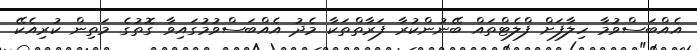
އެއްބަސްވުމާ ހިލާފަށް ފްލެޓްތައް ބޭނުންކުރާ ފަރާތްތަކާ މެދު އެއްބަސްވުމުގައިވާ ގޮތުގެ މަތިން ކުރިއެކޭ